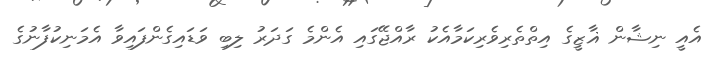
އެއީ ނިޝާން ޣާޒީގެ އިތްތެރިވެރިކަމާއެކު ރާއްޖޭގައި އެންމެ ގަދަރު ލިބި ވަޑައިގެންފައިވާ އެމަނިކުފާނުގެ